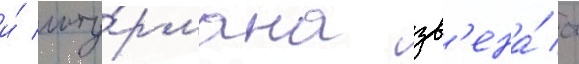
и́ шту́рмана зв'ена́ ст